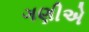
ગણીએ